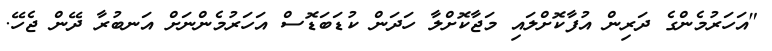
"އަހަރުމެންގެ ދަރިން އުފާކޮށްލައި މަޖާކޮށްލާ ހަދަން ކުޑަބަޑޮސް އަހަރުމެންނަށް އަނބުރާ ދޭން ޖެހޭ.